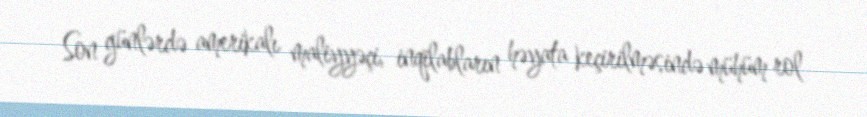
Son günlərdə amerikalı maliyyəçi, inqilabların həyata keçirilməsində mühüm rol